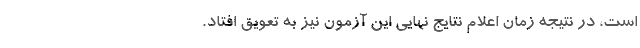
است، در نتیجه زمان اعلام نتایج نهایی این آزمون نیز به تعویق افتاد.